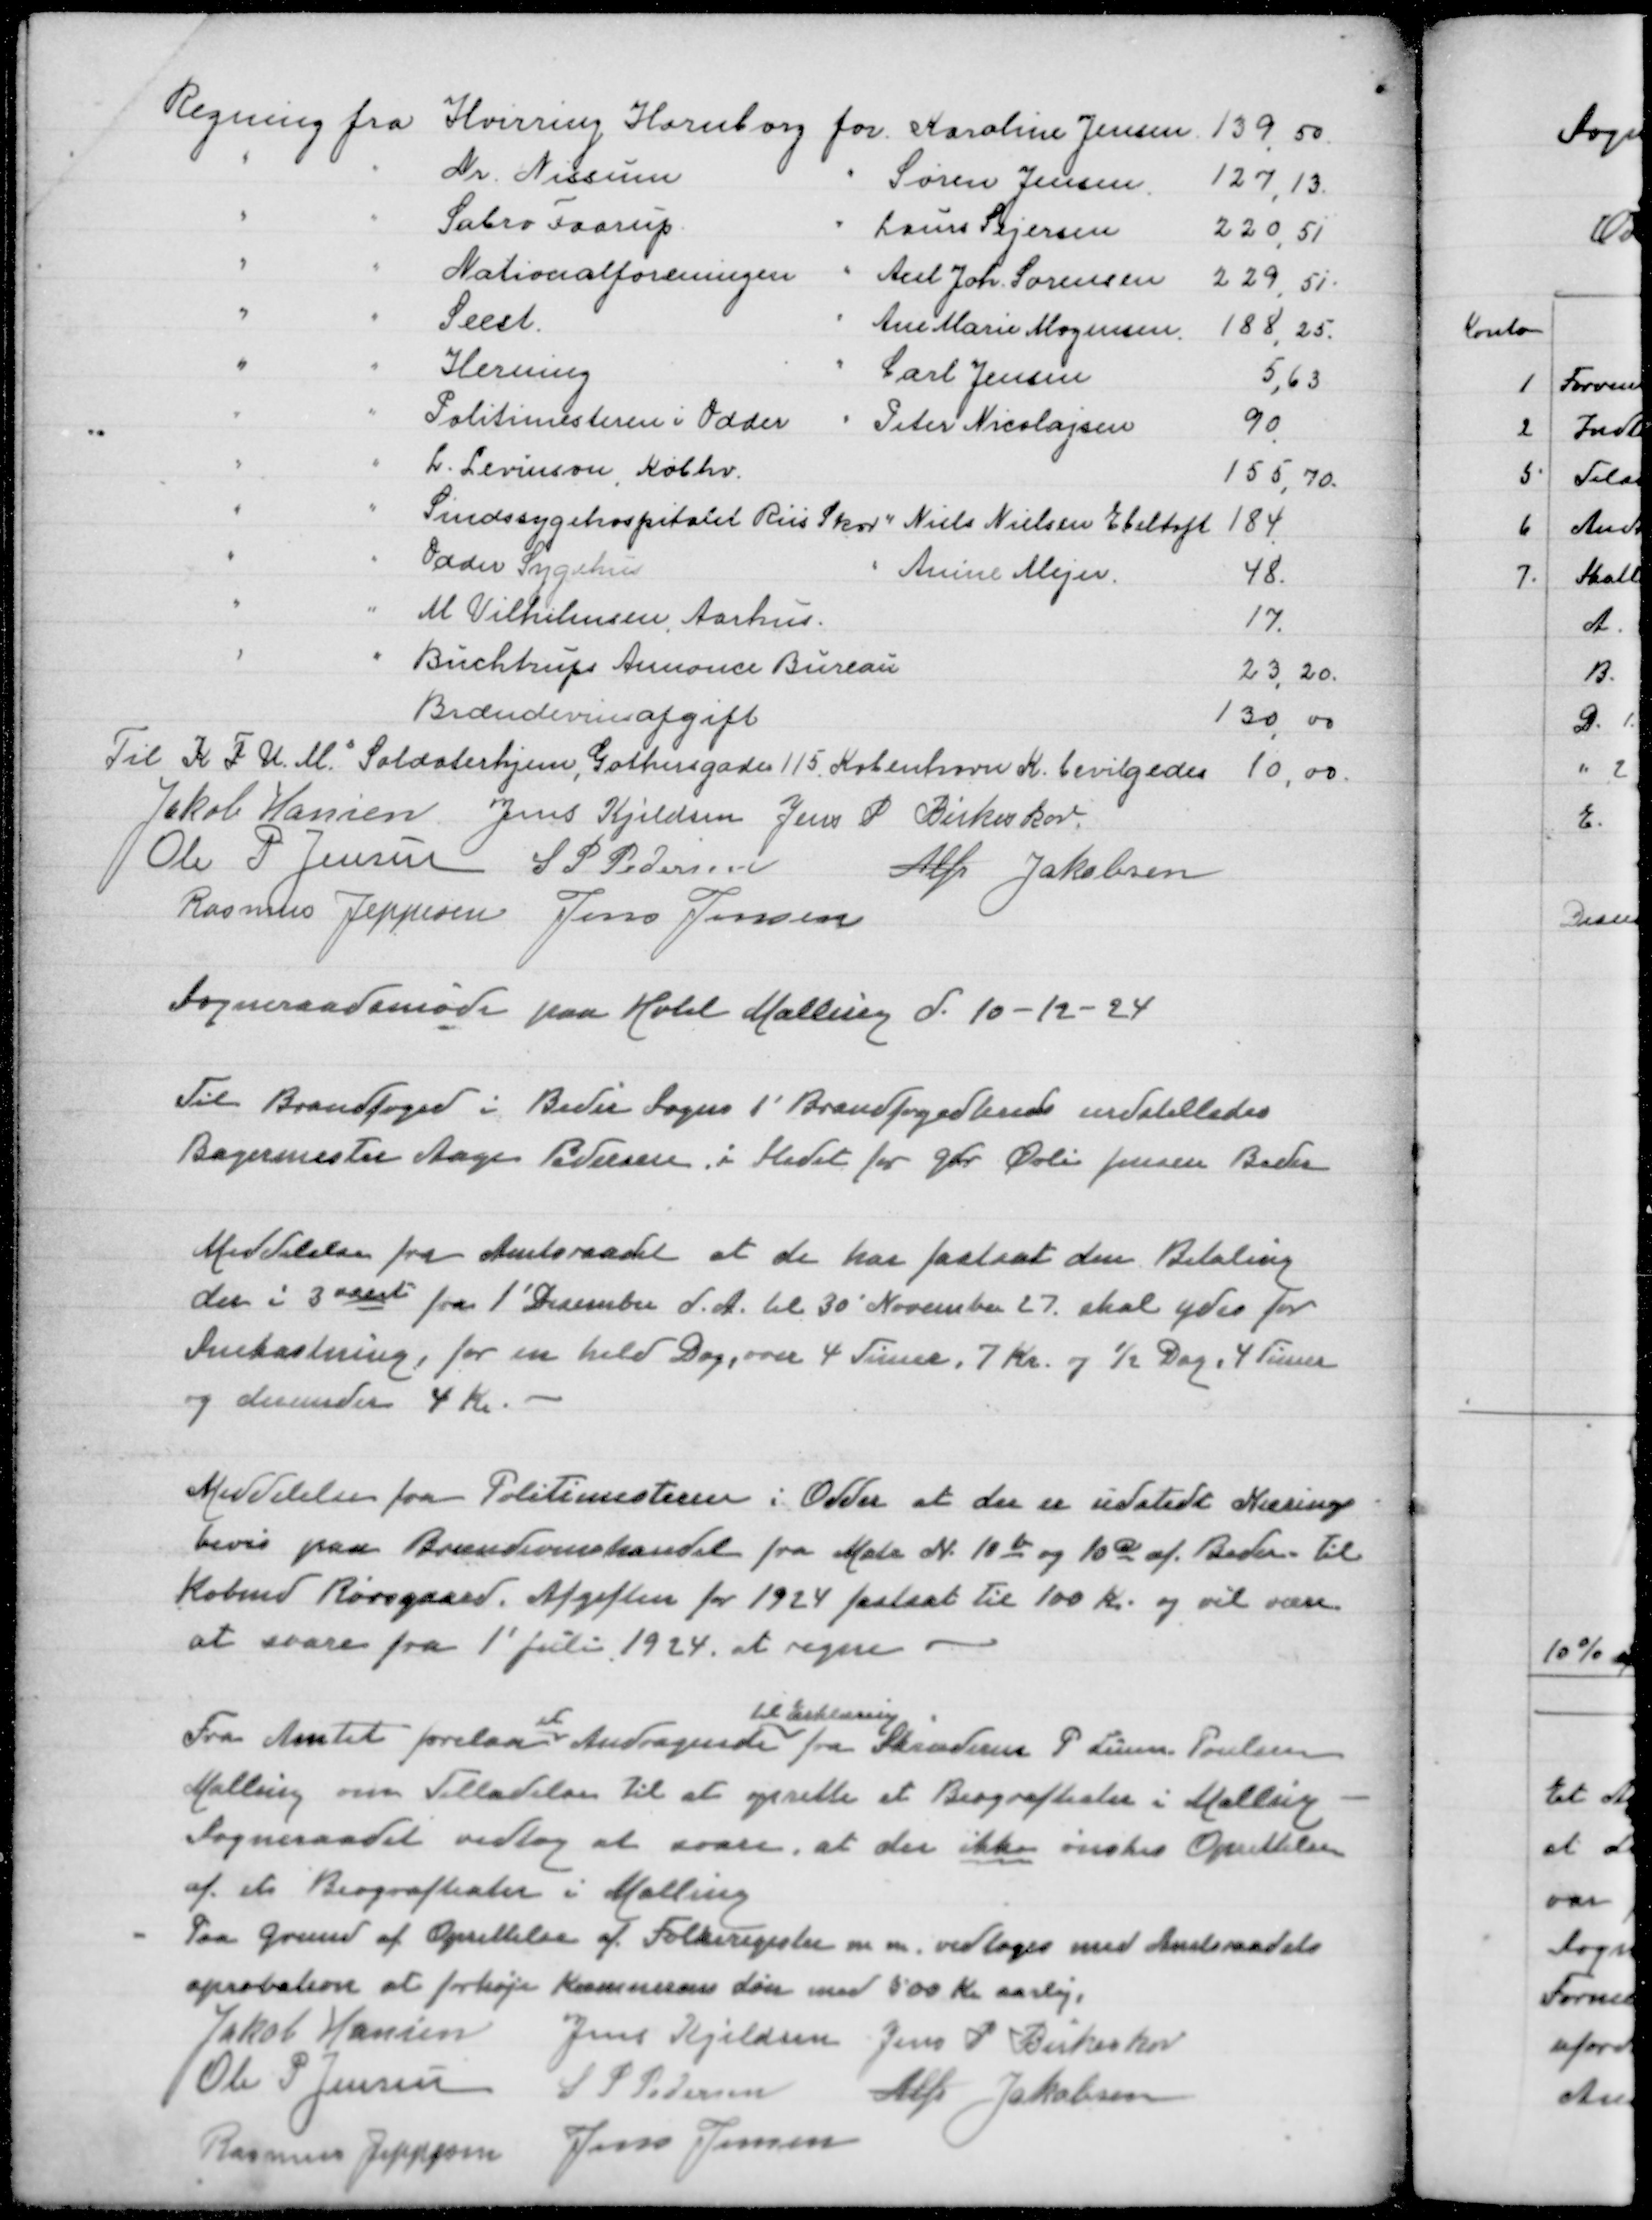
Transskription:
Regning fra Hvirring Hornborg for Karoline Jensen
139,50
" " Nr Nissum " Søren Jensen
127,13
" " Sabro Faarup " Laurs Sejersen
220,51
" " Nationalforeningen " Axel Joh Sørensen
229,51
" " Seest " Ane Marie Mogensen
188,25
" " Herning " Carl Jensen
5,63
" " Politimesteren i Odder " Peter Nicolajsen
90
" " L Levinson Købhv
155,70
" " Sindssygehospitalet Riis Skov " Niels Nielsen Ebeltoft
184
" " Odder Sygehus " Anine Mejer
48
" " M Wilhelmsen Aarhus
17
" "Buchtrups Annonce Bureau
23,20
Brændevinsafgift
130,00
Til K F U Ms Soldaterhjem, Gothersgade 115 København K bevilgedes 10,00
Jakob Hansen
Jens Kjeldsen
Jens P Birkeskov
Ole P Jensen
S P Pedersen
Alfr Jakobsen
Rasmus Jeppesen
Jens Jensen

Sogneraadsmøde paa Hotel Malling d 10-12-24

Til Brandfoged i Beder Sogns 1' Brandfogedkreds indstilledes
Bagermester Aage Pedersen i Stedet for Gdr Øvli Jensen Beder

Meddelelse fra Amtsraadet at de har fastsat Betaling
der i 3 aarsti fra 1' December d A til 30 November 27 skal ydes for
Snekastning, for en hel dag, over 4 timer , 7 Kr og ½ Dag, 4 Timer
og derunder 4 Kr

Meddelelse fra Politimesteren i Odder at der er udstedt Nærings
bevis paa Brændevinshandel paa Matr N 10b og 10q af Beder til
Købmd Rørsgaard. Afgiften for 1924 fastsat til 100 Kr og vil være
at svare 1' Juli 1924 at regne

et
til Erklæring
Fra Amtet forelaa Andragende fra Skræderm P Lunn Poulsen
Malling om Tilladelse til at oprette et Biografteater i Malling
Sogneraadet vedtog at svare, at der ikke ønskes Oprettelse
af et Biografteater i Malling
Paa Grund af Oprettelse af Folkeregister m m vedtoges med Amtsraadets
aprobation at forhøje Kæmnerens Løn med 500 Kr Aarlig
Jakob Hansen
Jens Kjeldsen
Jens P Birkeskov
Ole P Jensen
S P Pedersen
Alfr Jakobsen
Rasmus Jeppesen
Jens Jensen